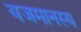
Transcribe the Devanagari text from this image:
यजमानस्य